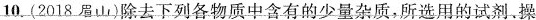
10.(2018眉山)除去下列各物质中含有的少量杂质，所选用的试剂.操